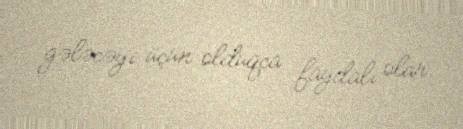
gələcəyi üçün olduqca faydalı olar.